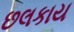
છલકાય